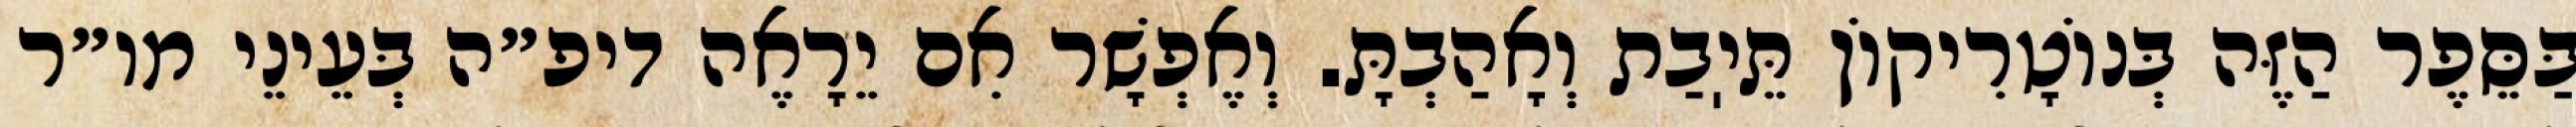
בַּסֵּפֶר הַזֶּה בְּנוֹטָרִיקוֹן תֵּיֽבַת וְאָהַבְתָּ. וְאֶפְשָׁר אִם יֵרָאֶה דיפ״ה בְּעֵינֵי מו״ר